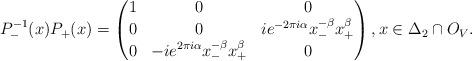
LaTeX: \begin{align*} P_{-}^{-1}(x) P_{+}(x) = \begin{pmatrix} 1 & 0 & 0 \\ 0 & 0 & i e^{-2\pi i \alpha} x_-^{-\beta} x_+^{\beta} \\0 & -i e^{2\pi i \alpha} x_-^{-\beta} x_+^{\beta} & 0 \end{pmatrix}, x \in \Delta_2 \cap O_V. \end{align*}